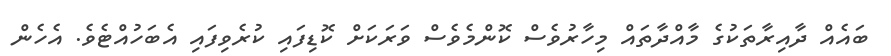
ބައެއް ދާއިރާތަކުގެ މާއްދާތައް މިހާރުވެސް ކޮންމެވެސް ވަރަކަށް ކޮޑިފައި ކުރެވިފައި އެބަހުއްޓެވެ. އެހެން